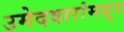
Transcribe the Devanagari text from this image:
उमेदवारांमधून